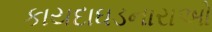
કાયદાઘડનારાઓ